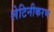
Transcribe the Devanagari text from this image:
लेटिनीकरण